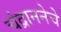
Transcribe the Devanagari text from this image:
चंद्राननेचे